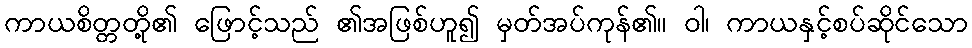
ကာယစိတ္တတို့၏ ဖြောင့်သည် ၏အဖြစ်ဟူ၍ မှတ်အပ်ကုန်၏။ ဝါ၊ ကာယနှင့်စပ်ဆိုင်သော